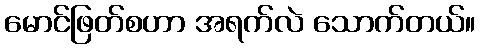
မောင်ဖြတ်စဟာ အရက်လဲ သောက်တယ်။